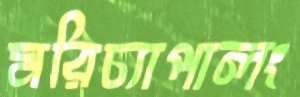
মরিচ্যাপালং